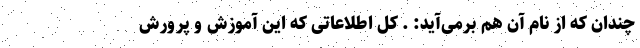
چندان که از نام آن هم برمی‌آید: . کل اطلاعاتی که این آموزش و پرورش